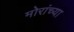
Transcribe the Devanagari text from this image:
मोरांच्या